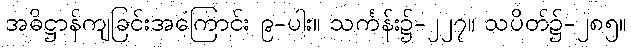
အဓိဋ္ဌာန်ကျခြင်းအကြောင်း ၉-ပါး။ သင်္ကန်း၌-၂၂၇။ သပိတ်၌-၂၈၅။